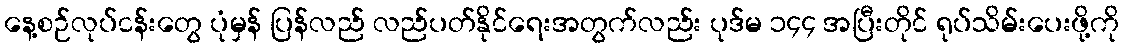
နေ့စဉ်လုပ်ငန်းတွေ ပုံမှန် ပြန်လည် လည်ပတ်နိုင်ရေးအတွက်လည်း ပုဒ်မ ၁၄၄ အပြီးတိုင် ရုပ်သိမ်းပေးဖို့ကို